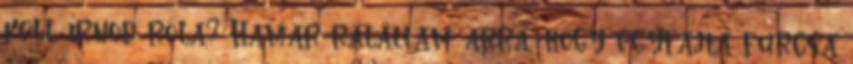
kell írnod róla? Hamar ráláttam arra, hogy egyfajta furcsa